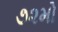
૭૨મો